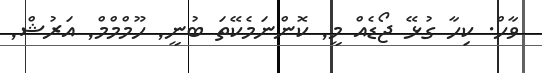
ވާހް. ކިހާ ގުޅޭ ޖޯޑެއް މީ